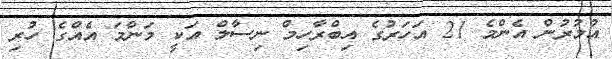
އުމުރުން އެންމެ 21 އަހަރުގެ އިބްރާހިމް ނިސާލް އަކީ މަންމަ އެއްގެ ހުރި